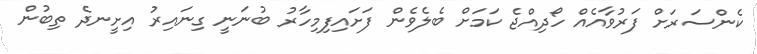
ކެންސަރަށް ފަރުވާއެއް ހޯދިއްޖެ ކަމަށް ބެލެވެން ފަށައިފިމިހާރު ބުނަނީ ގިނައިރު އިށީނދެ ތިބުން